Lunatic asylums United Prov. 1922-30 - 1922-1930
Year: 1922
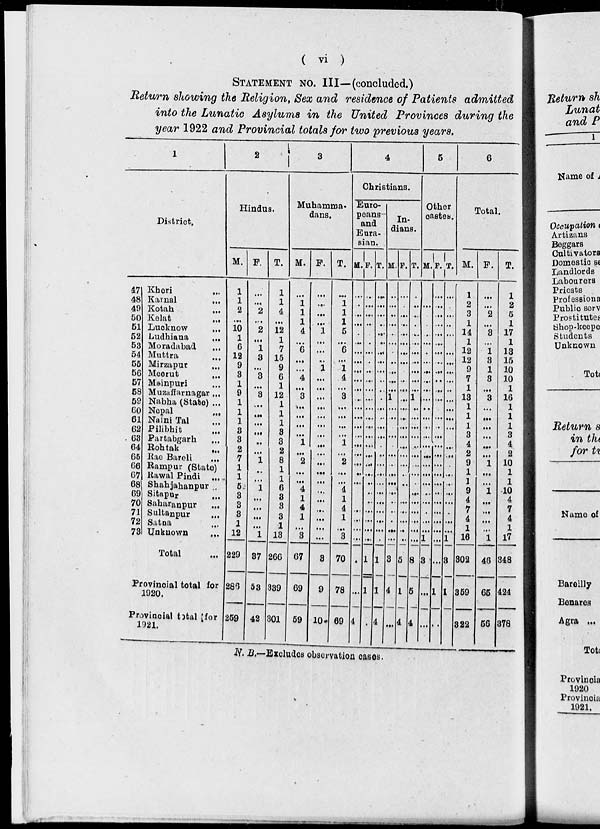
( vi )
STATEMENT No. III—(concluded.)
Return showing the Religion, Sex and residence of Patients admitted
into the Lunatic Asylums in the United Provinces during the
year 1922 and Provincial totals for two previous years.
1
District.
47
48
49
50
51
52
53
54
55
56
57
58
59
60
61
62
63
64
65
66
67
68
69
70
71
72
73
Kheri ...
Karnal
...
Kotah
...
Kelat
...
Lucknow
...
Ludhiana
...
Moradabad ...
Muttra ...
Mirzapur
...
Meerut ...
Mainpuri ...
Muzaffarnagar ...
Nabha (State) ...
Nepal ...
Naini Tal ...
Pilibhit ...
Partabgarh ...
Rohtak ...
Rae Bareli ...
Rampur (State)
Rawal Pindi
...
Shahjahanpur ...
Sitapur ...
Saharanpur
...
Sultanpur ...
Satna ...
Unknown ...
Total ...
Provincial total for
1920.
Previncial total for
1921.
2
Hindus.
M.
1
1
2
...
10
1
6
12
9
3
1
9
1
1
1
3
3
2
7
1
1
5
3
3
3
1
12
229
286
259
F.
...
...
2
...
2
...
1
3
...
3
...
3
...
...
...
...
...
...
1
...
...
1
...
...
...
...
1
37
53
42
T.
1
1
4
...
12
1
7
15
9
6
1
12
1
1
1
3
3
2
8
1
1
6
3
3
3
1
13
266
339
301
3
Muhamma-
dans.
M.
...
1
1
1
4
...
6
...
...
4
...
3
...
...
...
...
1
...
2
...
...
4
1
4
1
...
3
67
69
59
F.
...
...
...
...
1
...
...
...
1
...
...
...
...
...
...
...
...
...
...
...
...
...
...
...
...
...
...
3
9
10
T.
...
1
1
1
5
...
6
6
1
4
...
3
...
...
...
...
1
...
2
...
...
4
1
4
1
...
3
70
78
69
4
Christians.
Euro-
peans-
and
Eura-
sian.
M.
...
...
...
...
...
...
...
...
...
...
...
...
...
...
...
...
...
...
...
...
...
...
...
...
...
...
...
...
...
4
F.
...
...
...
...
...
...
...
...
...
...
...
...
...
...
...
...
...
...
...
...
...
...
...
...
...
...
...
1
1
T.
...
...
...
...
...
...
...
...
...
...
...
...
...
...
...
...
...
...
...
...
...
...
...
...
...
...
...
1
1
4
In-
dians.
M.
...
...
...
...
...
...
...
...
...
...
...
1
...
...
...
...
...
...
...
...
...
...
...
...
...
...
...
3
4
...
F.
...
...
...
...
...
...
...
...
...
...
...
...
...
...
...
...
...
...
...
...
...
...
...
...
...
...
...
5
1
4
T.
...
...
...
...
...
...
...
...
...
...
...
...1
...
...
...
...
...
...
...
...
...
...
...
...
...
...
...
8
5
4
5
Other
castes.
M.
...
...
...
...
...
...
...
...
...
...
...
...
...
...
...
...
...
...
...
...
...
...
...
...
...
...
1
3
...
...
F.
...
...
...
...
...
...
...
...
...
...
...
...
...
...
...
...
...
...
...
...
...
...
...
...
...
...
...
...
1
...
T.
...
...
...
...
...
...
...
...
...
...
...
...
...
...
...
...
...
...
...
...
...
...
...
...
...
...
1
3
1
6
Total.
M.
1
2
3
1
14
1
12
12
9
7
1
13
1
1
1
3
4
2
9
1
1
9
4
7
4
1
16
302
359
322
F.
...
...
2
...
3
...
1
3
1
3
...
3
...
...
...
...
...
...
1
...
...
1
...
...
...
...
1
46
65
56
T.
1
2
5
1
17
1
13
15
10
10
1
16 1
1
1
3
4
2
10
1
1
10
4
7
4
1
17
348
424
378
N. B.—Excludes observation cases.